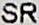
SR